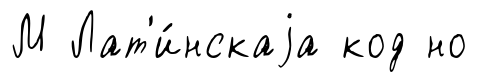
М Лат'и́нскаjа код но